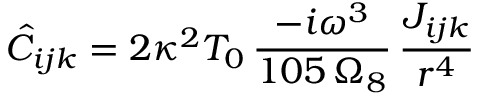
\hat { C } _ { i j k } = 2 \kappa ^ { 2 } T _ { 0 } \, \frac { - i \omega ^ { 3 } } { 1 0 5 \, \Omega _ { 8 } } \, \frac { J _ { i j k } } { r ^ { 4 } }